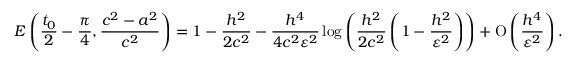
E \left( \frac { t _ { 0 } } { 2 } - \frac { \pi } { 4 } , \frac { c ^ { 2 } - a ^ { 2 } } { c ^ { 2 } } \right) = 1 - \frac { h ^ { 2 } } { 2 c ^ { 2 } } - \frac { h ^ { 4 } } { 4 c ^ { 2 } \varepsilon ^ { 2 } } \log { \left( \frac { h ^ { 2 } } { 2 c ^ { 2 } } \left( 1 - \frac { h ^ { 2 } } { \varepsilon ^ { 2 } } \right) \right) } + \ensuremath { \operatorname { O } \left( \frac { h ^ { 4 } } { \varepsilon ^ { 2 } } \right) } .